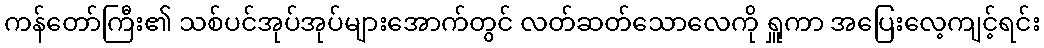
ကန်တော်ကြီး၏ သစ်ပင်အုပ်အုပ်များအောက်တွင် လတ်ဆတ်သောလေကို ရှူကာ အပြေးလေ့ကျင့်ရင်း